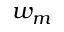
w _ { m }